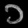
Digit: ၁